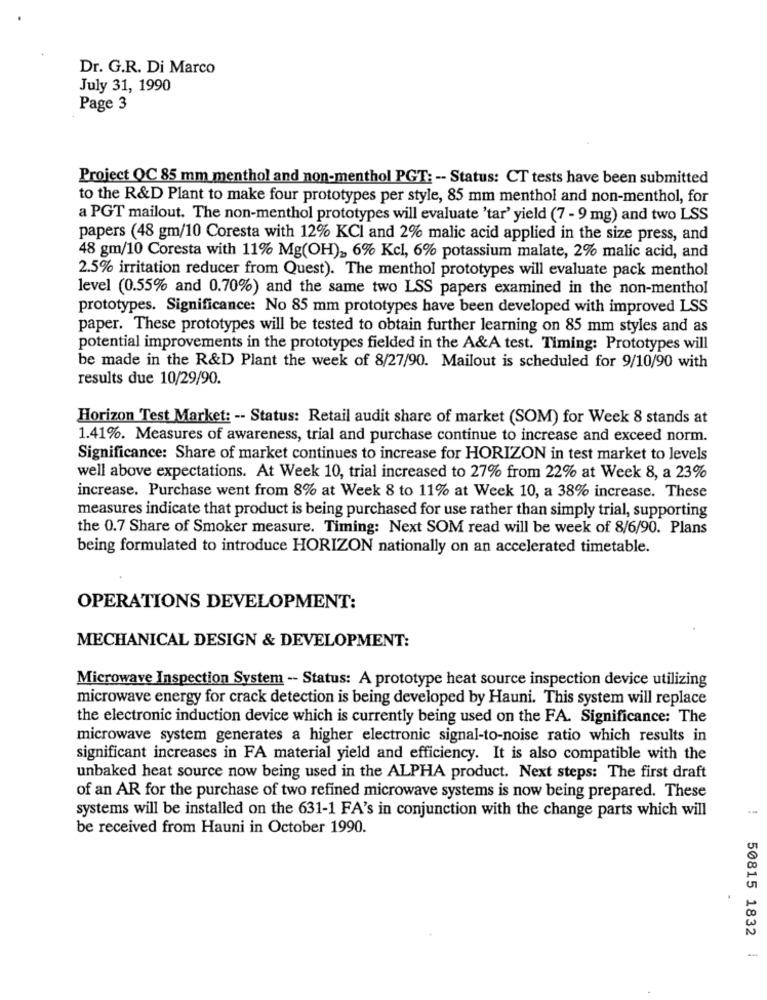
Dr. G.R. Di Marco
July 31, 1990
Page 3
Project QC 85 mm menthol and non-menthol PGT: -- Status: CT tests have been submitted
to the R&D Plant to make four prototypes per style, 85 mm menthol and non-menthol, for
a PGT mailout. The non-menthol prototypes will evaluate 'tar' yield (7 - 9 mg) and two LSS
papers (48 gm/10 Coresta with 12% KCI and 2% malic acid applied in the size press, and
48 gm/10 Coresta with 11% Mg(OH)», 6% Kcl, 6% potassium malate, 2% malic acid, and
2.5% irritation reducer from Quest). The menthol prototypes will evaluate pack menthol
level (0.55% and 0.70%) and the same two LSS papers examined in the non-menthol
prototypes. Significance: No 85 mm prototypes have been developed with improved LSS
paper. These prototypes will be tested to obtain further learning on 85 mm styles and as
potential improvements in the prototypes fielded in the A&A test. Timing: Prototypes will
be made in the R&D Plant the week of 8/27/90. Mailout is scheduled for 9/10/90 with
results due 10/29/90.
Horizon Test Market: -- Status: Retail audit share of market (SOM) for Week 8 stands at
1.41%. Measures of awareness, trial and purchase continue to increase and exceed norm.
Significance: Share of market continues to increase for HORIZON in test market to levels
well above expectations. At Week 10, trial increased to 27% from 22% at Week 8, a 23%
increase. Purchase went from 8% at Week 8 to 11% at Week 10, a 38% increase. These
measures indicate that product is being purchased for use rather than simply trial, supporting
the 0.7 Share of Smoker measure. Timing: Next SOM read will be week of 8/6/90. Plans
being formulated to introduce HORIZON nationally on an accelerated timetable.
OPERATIONS DEVELOPMENT:
MECHANICAL DESIGN & DEVELOPMENT:
Microwave Inspection System -- Status: A prototype heat source inspection device utilizing
microwave energy for crack detection is being developed by Hauni. This system will replace
the electronic induction device which is currently being used on the FA. Significance: The
microwave system generates a higher electronic signal-to-noise ratio which results in
significant increases in FA material yield and efficiency. It is also compatible with the
unbaked heat source now being used in the ALPHA product. Next steps: The first draft
of an AR for the purchase of two refined microwave systems is now being prepared. These
systems will be installed on the 631-1 FA's in conjunction with the change parts which will
be received from Hauni in October 1990.
50815 1832